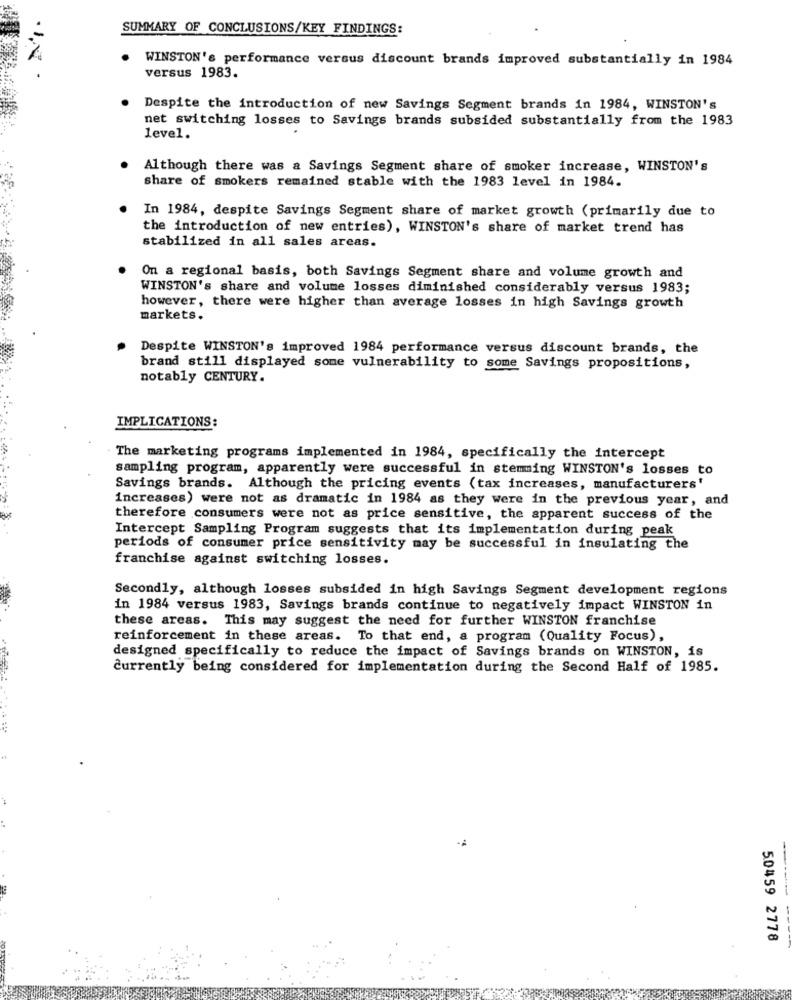
SUMMARY OF CONCLUSIONS/KEY FINDINGS:
WINSTON's performance versus discount brands improved substantially in 1984
versus 1983.
Despite the introduction of new Savings Segment brands in 1984, WINSTON's
net switching losses to Savings brands subsided substantially from the 1983
level.
Although there was a Savings Segment share of smoker increase, WINSTON's
share of smokers remained stable with the 1983 level in 1984.
In 1984, despite Savings Segment share of market growth (primarily due to
the introduction of new entries), WINSTON's share of market trend has
stabilized in all sales areas.
On a regional basis, both Savings Segment share and volume growth and
WINSTON's share and volume losses diminished considerably versus 1983;
however, there were higher than average losses in high Savings growth
markets.
Despite WINSTON's improved 1984 performance versus discount brands, the
brand still displayed some vulnerability to some Savings propositions,
notably CENTURY.
IMPLICATIONS:
The marketing programs implemented in 1984, specifically the intercept
sampling program, apparently were successful in stemming WINSTON's losses to
Savings brands. Although the pricing events (tax increases, manufacturers'
increases) Were not as dramatic in 1984 as they were in the previous year, and
therefore consumers were not as price sensitive, the apparent success of the
Intercept Sampling Program suggests that its implementation during peak
periods of consumer price sensitivity may be successful in insulating the
franchise against switching losses.
Secondly, although losses subsided in high Savings Segment development regions
in 1984 versus 1983, Savings brands continue to negatively impact WINSTON in
these areas. This may suggest the need for further WINSTON franchise
reinforcement in these areas. To that end, a program (Quality Focus),
designed specifically to reduce the impact of Savings brands on WINSTON, is
Currently being considered for implementation during the Second Half of 1985.
-
50459 2778